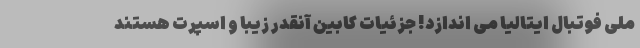
ملی فوتبال ایتالیا می اندازد! جزئیات کابین آنقدر زیبا و اسپرت هستند